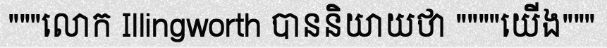
"""លោក Illingworth បាននិយាយថា """"យើង"""